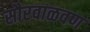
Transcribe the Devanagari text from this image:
सौरवाळवण